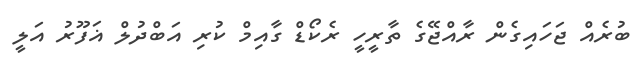
ބުރެއް ޖަހައިގެން ރާއްޖޭގެ ތާރީހީ ރެކޯޑް ގާއިމް ކުރި އަބްދުލް ޣަފޫރު އަލީ